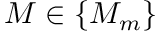
M \in \{ M _ { m } \}